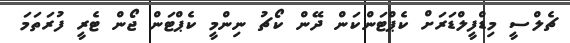
ޗެލްސީ މިޑްފީލްޑަރަށް ކެޕްޓަންކަން ދޭން ކޯޗު ނިންމީ ކެޕްޓަން ޖޯން ޓެރީ ފުރަތަމަ